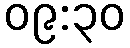
၀၉:၃၀